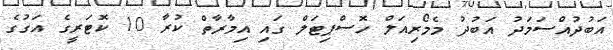
އަބުދުއްސަމަދު އަބުދު މެމޯރިއަލް ހޮސްޕިޓަލް ގައި އިމާރާތް ކުރާ 10 ކޮޓަރީގެ އަގުގެ